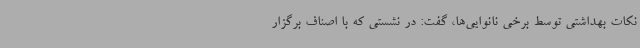
نکات بهداشتی توسط برخی نانوایی‌ها، گفت: در نشستی که با اصناف برگزار